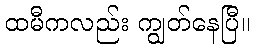
ထမီကလည်း ကျွတ်နေပြီ။